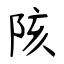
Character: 陔